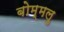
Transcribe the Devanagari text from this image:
बोम्मलु